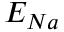
E _ { N a }